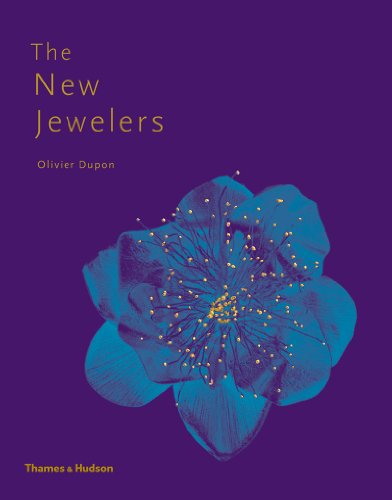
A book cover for The New Jewelers: Desirable Collectable Contemporary; Olivier Dupon; Crafts, Hobbies & Home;